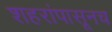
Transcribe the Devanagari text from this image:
शहरांपासूनच